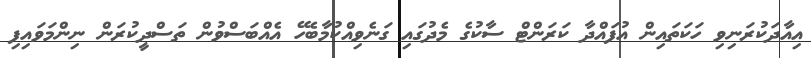
އިއާދަކުރަނިވި ހަކަތައިިން އުފައްދާ ކަރަންޓް ސާކުގެ މެދުގައި ގަނެވިއްކުމާބެހޭ އެއްބަސްވުން ތަސްދީކުރަން ނިންމަވައިފި